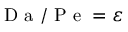
\mathrm { ~ D ~ a ~ } / \mathrm { ~ P ~ e ~ } = \varepsilon